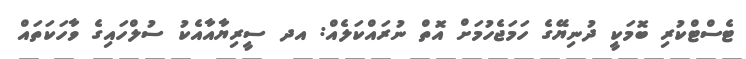
ޓެސްޓްކުރި ބޮމަކީ ދުނިޔޭގެ ހަމަޖެހުމަށް އޮތް ނުރައްކަލެއް: އދ ސީރިޔާއާއެކު ސުލްހައިގެ ވާހަކަތައް